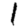
Digit: 1